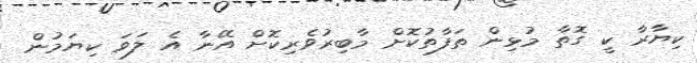
ކިޔާރާ ކީ ގޮތާ މުޅިން ތަފާތުކޮށް މާބިރުވެރިކޮށް އޭނާ އެ ލަވަ ކިޔަމުން